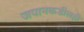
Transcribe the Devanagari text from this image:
जपानकडीलही